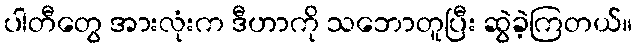
ပါတီတွေ အားလုံးက ဒီဟာကို သဘောတူပြီး ဆွဲခဲ့ကြတယ်။